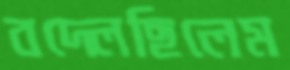
বদ্‌লেছিলেম